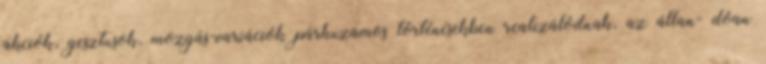
akciók, gesztusok, mozgás-variációk párhuzamos történésekben realizálódnak, az állan- dóan